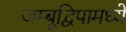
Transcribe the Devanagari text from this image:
जम्बूद्विपामध्ये